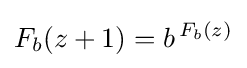
F_{b}(z+1)=b^{\,F_{b}(z)}